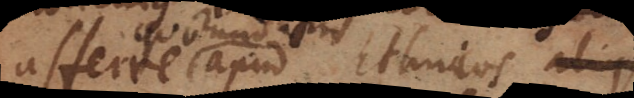
afferre apud Ethnicos aliquando